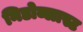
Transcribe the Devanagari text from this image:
निडोब्लास्ट